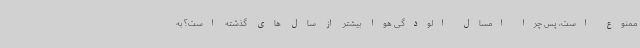
ممنوع است، پس چرا امسال الودگی هوا بیشتر از سال های گذشته است؟ به